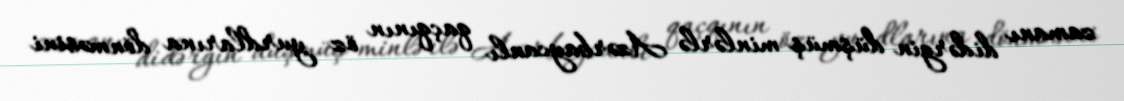
zamanı didərgin düşmüş minlərlə Azərbaycanlı qaçqının öz yurdlarına dönməsini